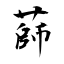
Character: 蒒